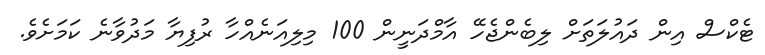
ޓެކްސް އިން ދައުލަތަށް ލިބެންޖެހޭ އާމްދަނީން 100 މިލިއަނެއްހާ ރުފިޔާ މަދުވާނެ ކަމަށެވެ.